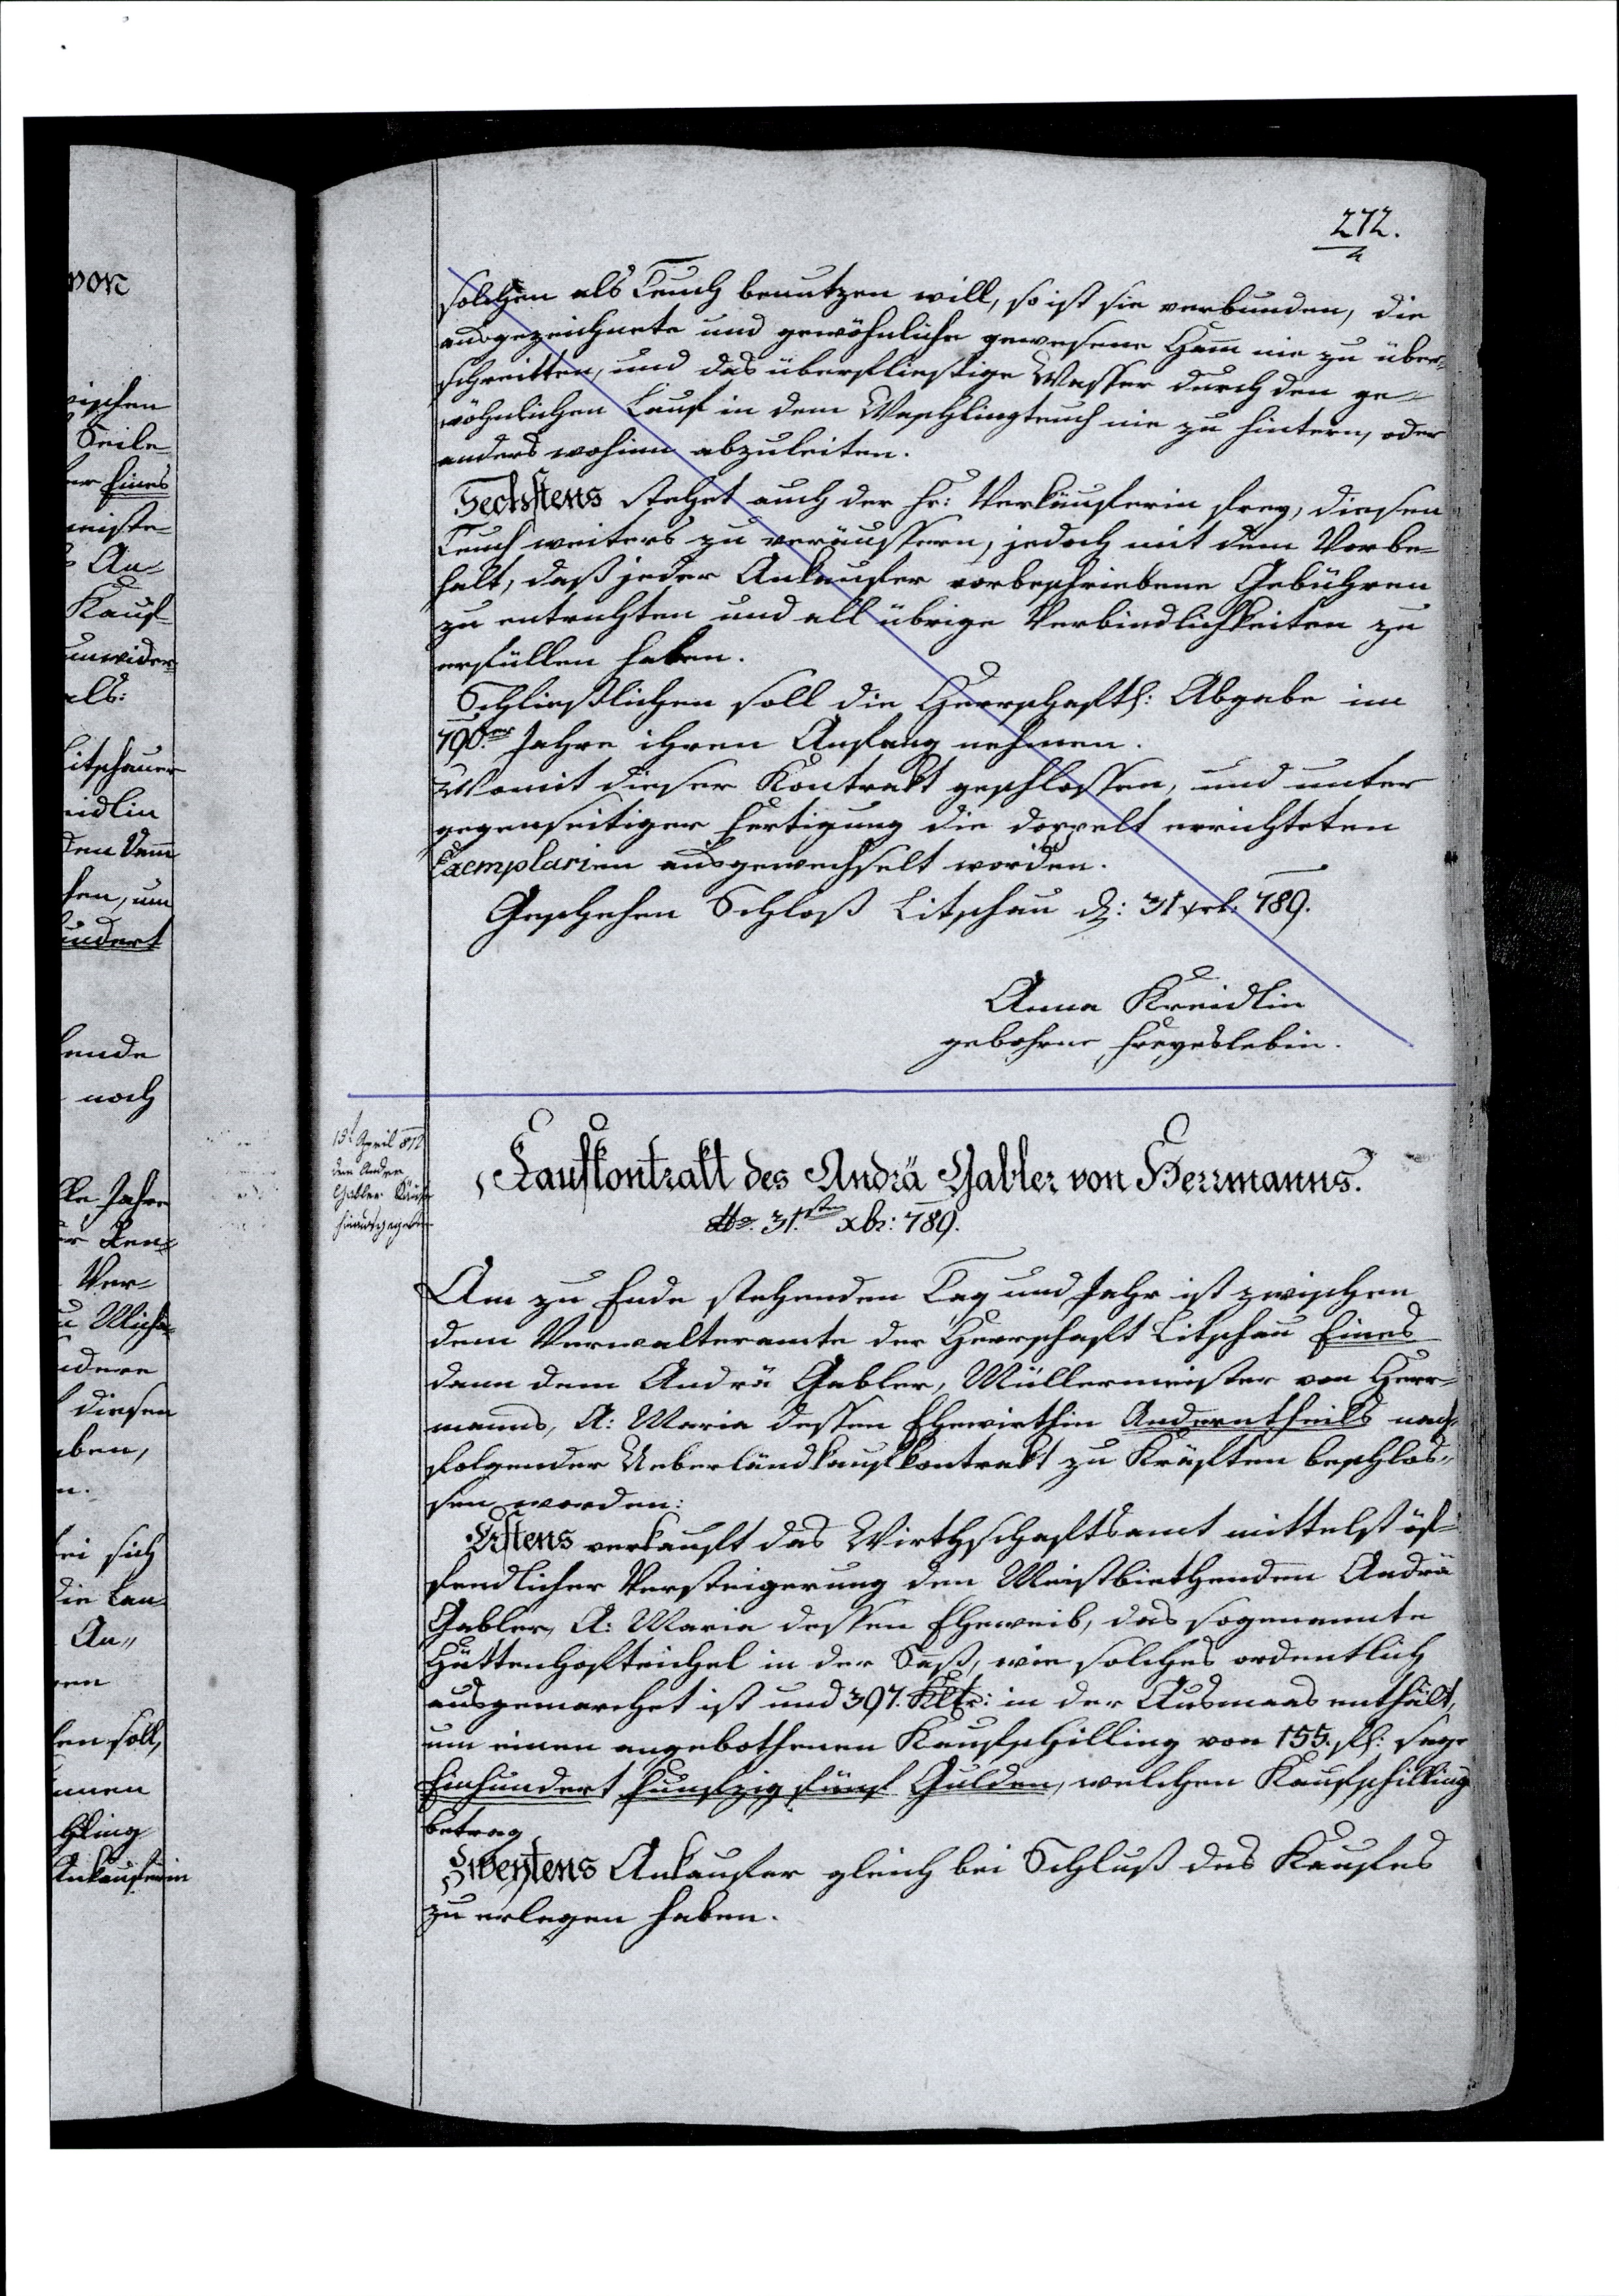
272.
solchen als Teuch benutzen will, so ist sie verbunden, die
ausgezeichnete und gewöhnliche gewesene Hamm nie zu über¬
schreitten, und das überfliestige Wasser durch den ge¬
wöhnlichen Lauf in dem Waschlingteuch nie zu hintern, oder
anders wohinn abzuleiten.
Sechstens stehet auch der Fr: Verkäuferin frey, diesen
Teuch weiters zu veräussern, jedoch mit dem Vorbe¬
halt, daß jeder Ankaufer vorbeschriebene Gebühren
zu entrichten und all übrige Verbindlichkeiten zu
erfüllen haben.
Schließlichen soll die Herrschaft. Abgabe im
790er Jahre ihren Anfang nehmen.
Womit dieser Kontrakt geschlossen, und unter
gegenseitiger Fertigung die doppelt errichteten
Exemplarien ausgwechselt worden.
Geschehen Schloß Litschau d: 31 xrb: 789.
Anna Kreidlin
gebohrne Freyedlebin.
Kaufkontrakt des Andrä Gabler von Herrmanns.
ddo 31.ten xbr: 789.
Am zu Ende stehenden Tag und Jahr ist zwischen
dem Verwalteramte der Herrschaft Litschau Eines
dann dem Andrä Gabler, Müllermeister von Herr¬
manns, A: Maria dessen Ehewirthin Anderntheils nach¬
folgender Ueberländkaufkontrakt zu Kräften beschlos¬
sen worden:
Erstens verkauft das Wirthschaftsamt mittelst öf¬
fendlicher Versteigerung den Meistbiethenden Andrä
Gabler, A: Maria dessen Eheweib, das sogenannte
Hüttenhofteichel in der Saß, wie solches ordentlich
ausgemarchet ist und 397. Kltr: in der Ausmaas enthält,
um einen angebothenen Kaufschilling von 155 f. sage
Einundert fünfzig fünf Gulden, welchen Kaufschillings¬
betrag
Zweytens Ankaufer gleich bei Schluß des Kaufes
zu erlegen haben.